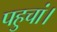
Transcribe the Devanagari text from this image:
पहुचां।